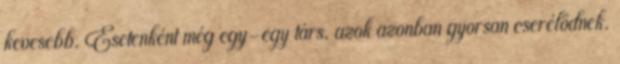
kevesebb. Esetenként még egy-egy társ, azok azonban gyorsan cserélődnek.